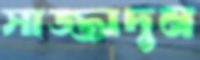
সাজ্জাদুন